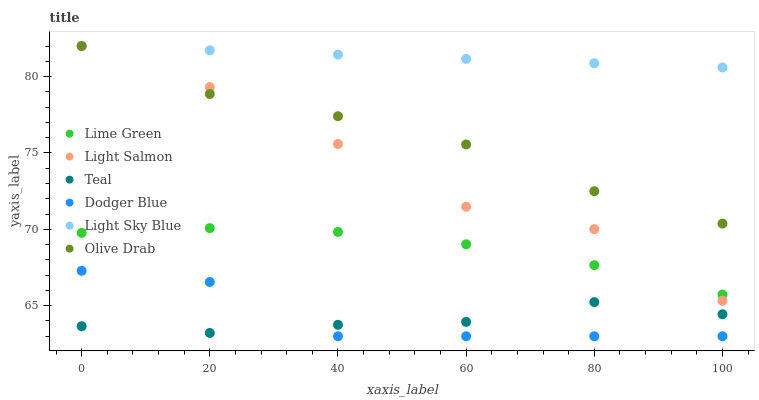
| xaxis_label | Lime Green | Light Salmon | Teal | Dodger Blue | Light Sky Blue | Olive Drab |
 | --- | --- | --- | --- | --- | --- | --- |
 | 0 | 69.8 | 82 | 63.7 | 67.3 | 82 | 82 |
 | 20 | 70.1 | 79.3 | 63.2 | 66.6 | 81.7 | 78.9 |
 | 40 | 69.8 | 75.6 | 63.7 | 63 | 81.4 | 77.4 |
 | 60 | 69 | 71.5 | 63.9 | 63 | 81.2 | 75.6 |
 | 80 | 67.7 | 70 | 65.2 | 63 | 80.9 | 72.5 |
 | 100 | 65.7 | 65.3 | 64.4 | 63 | 80.6 | 70.4 |